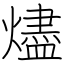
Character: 燼